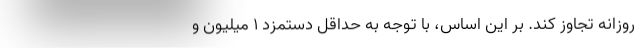
روزانه تجاوز کند. بر این اساس، با توجه به حداقل دستمزد 1 میلیون و